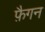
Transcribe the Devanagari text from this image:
फ़ैगन